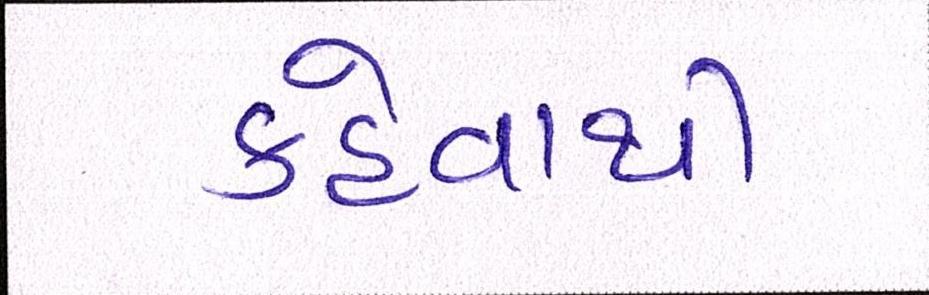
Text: કહેવાથી